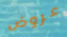
عروض